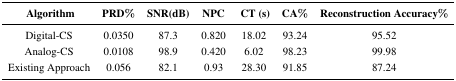
<table><thead><tr><td><b>Algorithm</b></td><td><b>PRD%</b></td><td><b>SNR(dB)</b></td><td><b>NPC</b></td><td><b>CT (s)</b></td><td><b>CA%</b></td><td><b>Reconstruction Accuracy%</b></td></tr></thead><tbody><tr><td>Digital-CS</td><td>0.0350</td><td>87.3</td><td>0.820</td><td>18.02</td><td>93.24</td><td>95.52</td></tr><tr><td>Analog-CS</td><td>0.0108</td><td>98.9</td><td>0.420</td><td>6.02</td><td>98.23</td><td>99.98</td></tr><tr><td>Existing Approach</td><td>0.056</td><td>82.1</td><td>0.93</td><td>28.30</td><td>91.85</td><td>87.24</td></tr></tbody></table>